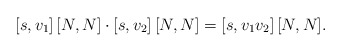
\begin{align*}[s,v_1]\, [N,N] \cdot [s,v_2]\,[N,N]=[s,v_1v_2]\,[N,N].\end{align*}